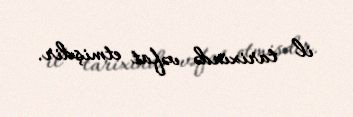
il tarixində vəfat etmişdir.